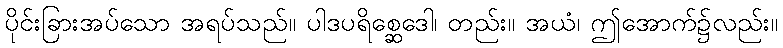
ပိုင်းခြားအပ်သော အရပ်သည်။ ပါဒပရိစ္ဆေဒေါ၊ တည်း။ အယံ၊ ဤအောက်၌လည်း။